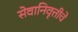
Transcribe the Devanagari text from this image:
सेवानिवृत्तीचे